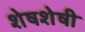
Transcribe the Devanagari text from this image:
शेषशेषी